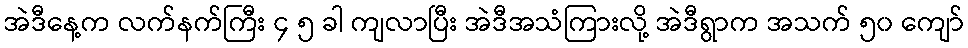
အဲဒီနေ့က လက်နက်ကြီး ၄ ၅ ခါ ကျလာပြီး အဲဒီအသံကြားလို့ အဲဒီရွာက အသက် ၅၀ ကျော်